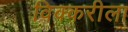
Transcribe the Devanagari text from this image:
विक्करीला